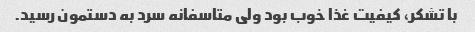
با تشکر، کیفیت غذا خوب بود ولی متاسفانه سرد به دستمون رسید.